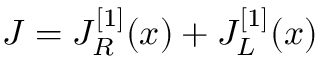
J = J _ { R } ^ { [ 1 ] } ( x ) + J _ { L } ^ { [ 1 ] } ( x )